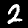
Label: 2